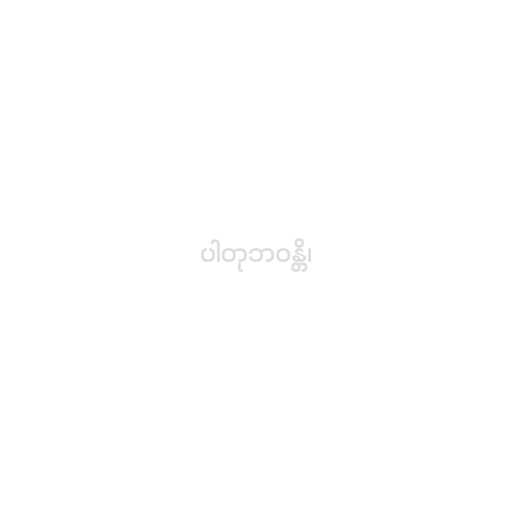
ပါတုဘဝန္တိ၊